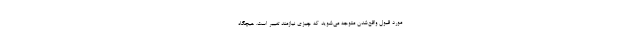
مورد قبول واقع‌شدن متوجه می‌شوید که چیزی نیازمند تغییر است. هیچگاه